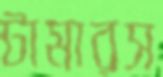
টামারস